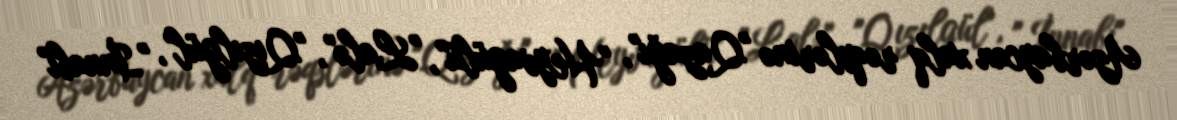
Azərbaycan xalq rəqslərinə "Qazağı", "Heyvagülü", "Lalə", "Qızılgül", "İnnabı"